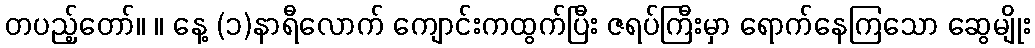
တပည့်တော်။ ။ နေ့ (၁)နာရီလောက် ကျောင်းကထွက်ပြီး ဇရပ်ကြီးမှာ ရောက်နေကြသော ဆွေမျိုး